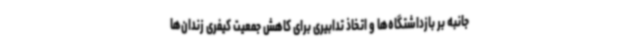
جانبه بر بازداشتگاه‌ها و اتخاذ تدابیری برای کاهش جمعیت کیفری زندان‌ها